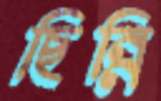
ছিন্নি